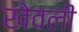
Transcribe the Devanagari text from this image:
खेवली